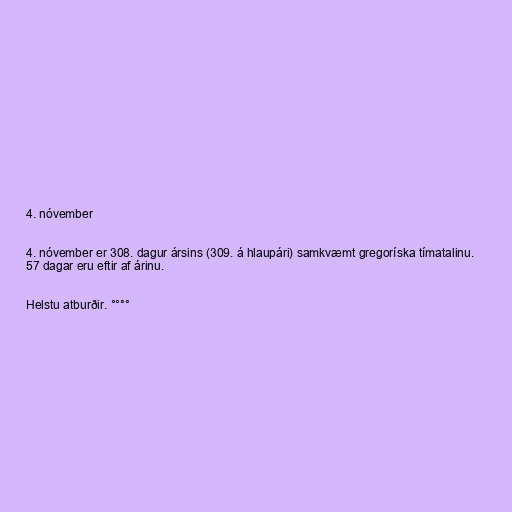
4. nóvember

4. nóvember er 308. dagur ársins (309. á hlaupári) samkvæmt gregoríska tímatalinu.
57 dagar eru eftir af árinu.

Helstu atburðir. °°°°